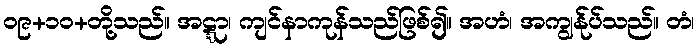
၀၉+၁၀+တို့သည်။ အဋ္ဋာ၊ ကျင်နာကုန်သည်ဖြစ်၍။ အဟံ၊ အကျွန်ုပ်သည်။ တံ၊